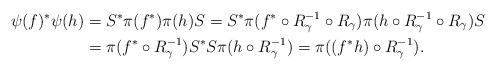
LaTeX: \begin{align*}\psi(f)^*\psi(h)&=S^*\pi(f^*)\pi(h)S = S^*\pi(f^*\circ R_\gamma^{-1}\circ R_\gamma)\pi(h\circ R_\gamma^{-1}\circ R_\gamma)S\\ &= \pi(f^*\circ R_\gamma^{-1})S^*S\pi(h\circ R_\gamma^{-1}) = \pi((f^*h)\circ R_\gamma^{-1}).\end{align*}